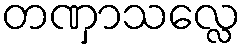
တဏှာသလ္လေ